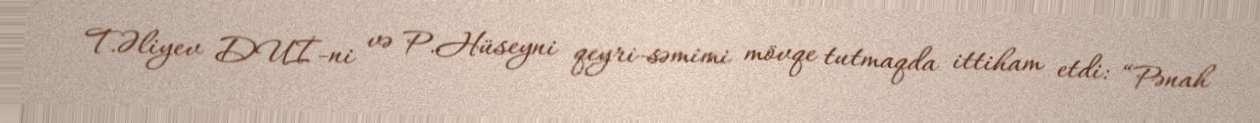
T.Əliyev DUİ-ni və P.Hüseyni qeyri-səmimi mövqe tutmaqda ittiham etdi: “Pənah